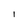
Character: I